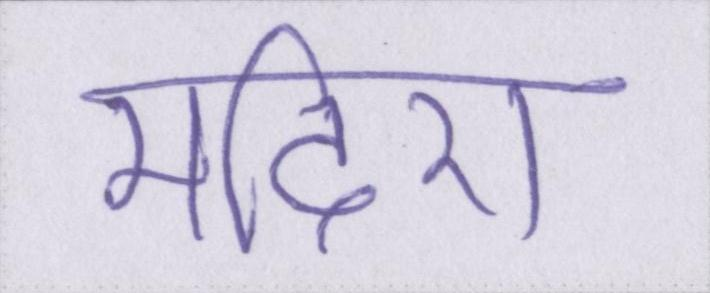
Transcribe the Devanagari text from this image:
मदिरा